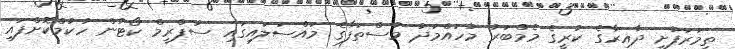
ތިމަރަފުށީ ދާއިރާގެ ކުރީގެ މެމްބަރު މުހައްމަދު މުސްތަފާގެ މައްސަލައިގައި ސުޕްރީމް ކޯޓުން ހުކުމްކޮށްފައި